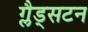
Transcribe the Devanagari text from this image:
ग्लैड्सटन